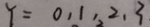
Y = 0 , 1 , 2 , 3